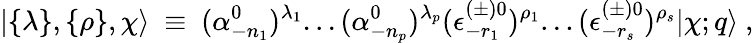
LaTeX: \vert\{ \lambda\} ,\{ \rho\} ,\chi\rangle{}~\equiv{}~(\alpha_{-{n_{1}}}^{0})^{\lambda_{1}}...(\alpha_{-{n_{p}}}^{0})^{\lambda_{p}}(\epsilon_{-r_{1}}^{(\pm)0})^{\rho_{1}}...(\epsilon_{-r_{s}}^{(\pm)0})^{\rho_{s}}\vert\chi;q\rangle{}~,